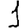
Digit: 1